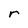
Character: r